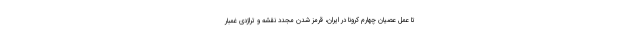
تا عمل عصیان چهارم کرونا در ایران، قرمز شدن مجدد نقشه و تراژدی غمبار